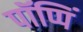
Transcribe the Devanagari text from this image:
पॉप्पिं